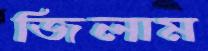
জিলাম